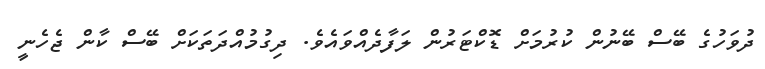
ދުވަހުގެ ބޭސް ބޭނުން ކުރުމަށް ޑޮކްޓަރުން ލަފާދެއްވައެވެ. ދިގުމުއްދަތަކަށް ބޭސް ކާން ޖެހެނީ